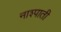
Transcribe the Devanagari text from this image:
नाश्पाती